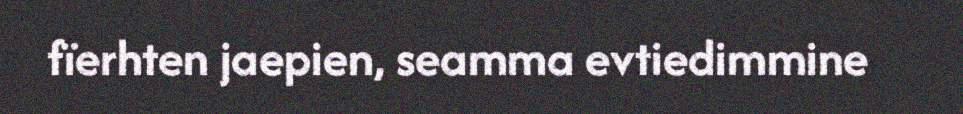
fïerhten jaepien, seamma evtiedimmine